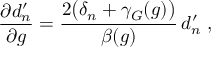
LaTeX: \frac { \partial d _ { n } ^ { \prime } } { \partial g } = \frac { 2 \big ( \delta _ { n } + \gamma _ { G } ( g ) \big ) } { \beta ( g ) } \, d _ { n } ^ { \prime } \; ,